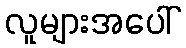
လူများအပေါ်